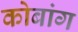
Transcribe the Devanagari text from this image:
कोबांग